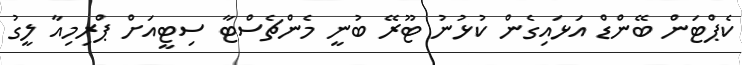
ކެޕްޓަން ބޭންޑް އަޅައިގެން ކުޅުނު ޓޫރޭ ބުނީ މެންޗެސްޓާ ސިޓީއަށް ޕްރިމިއާ ލީގު